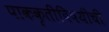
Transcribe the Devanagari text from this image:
पाककृतींविषयीची